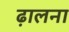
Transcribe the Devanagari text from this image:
ढ़ालना